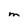
Character: M